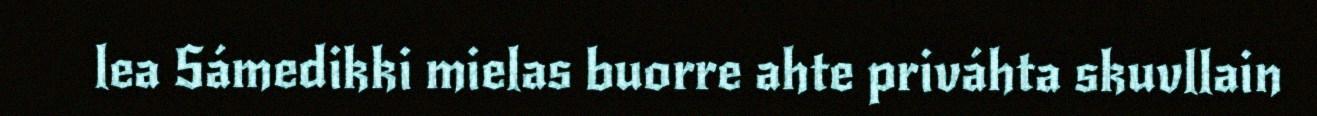
lea Sámedikki mielas buorre ahte priváhta skuvllain